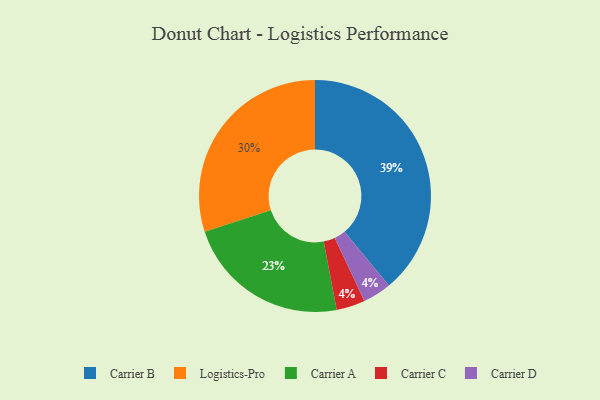
{"axis": {"x": "Category", "y": "Percentage"}, "legend": ["Carrier A", "Carrier B", "Carrier C", "Carrier D", "Logistics-Pro"], "data": [{"x": "Carrier B", "y": 39, "type": "Carrier B"}, {"x": "Carrier A", "y": 23, "type": "Carrier A"}, {"x": "Logistics-Pro", "y": 30, "type": "Logistics-Pro"}, {"x": "Carrier C", "y": 4, "type": "Carrier C"}, {"x": "Carrier D", "y": 4, "type": "Carrier D"}]}